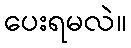
ပေးရမလဲ။